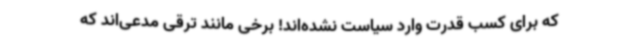
که برای کسب قدرت وارد سیاست نشده‌اند! برخی مانند ترقی مدعی‌اند که